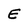
Character: E